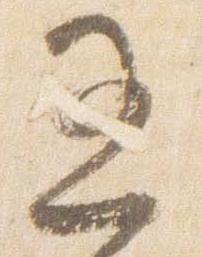
過